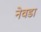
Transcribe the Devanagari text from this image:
नेवडा